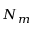
N _ { m }